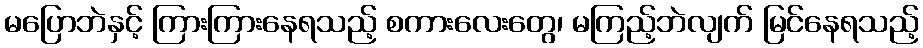
မပြောဘဲနှင့် ကြားကြားနေရသည့် စကားလေးတွေ၊ မကြည့်ဘဲလျက် မြင်နေရသည့်